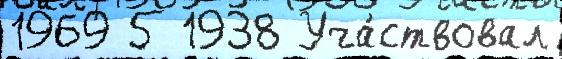
1969 5 1938 Уча́ствовал